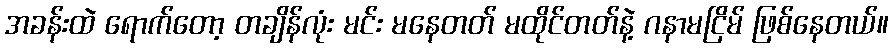
အခန်းထဲ ရောက်တော့ တချိန်လုံး မင်း မနေတတ် မထိုင်တတ်နဲ့ ဂနာမငြိမ် ဖြစ်နေတယ်။